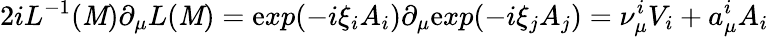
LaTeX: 2iL^{-1}(\mathit{M})\partial_{\mu}L(\mathit{M})=\mathrm{e}xp({-i}\xi_{i}A_{i})\partial_{\mu}\mathrm{e}xp({-i}\xi_{j}A_{j})=\nu_{\mu}^{i}V_{i}+a_{\mu}^{i}A_{i}